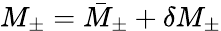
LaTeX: M_{\pm}=\bar{M}_{\pm}+\delta M_{\pm}